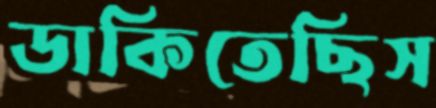
ডাকিতেছিস